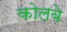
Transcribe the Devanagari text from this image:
कोलबे